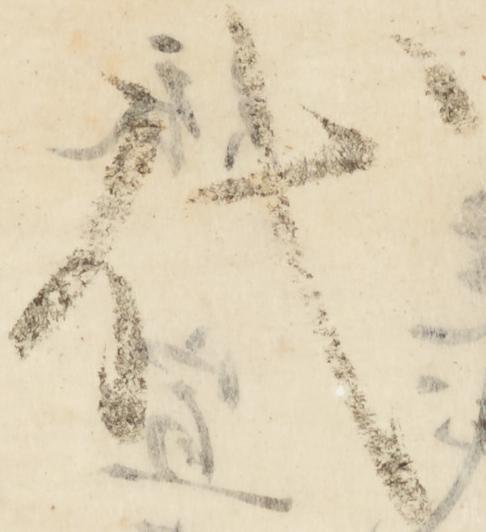
代